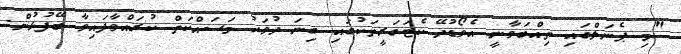
"މި ޕެނަލްގައި ތިއްބަވާނީ އެވޯޑުދޭ ކެޓަގަރީތަކުގައި ގިނަ ދުވަހު މަސައްކަތް ކުރައްވާފައިވާ ބޭފުޅުން.